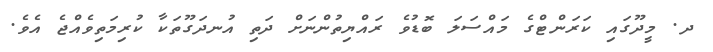
ދ. މީދޫގައި ކަރަންޓްގެ މައްސަލަ ބޮޑުވެ ރައްޔިތުންނަށް ދަތި އުނދަގޫތަކާ ކުރިމަތިވެއްޖެ އެވެ.